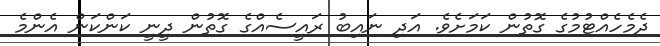
ދެމެހެއްޓުމުގެ ގޮތުން ކަމަށެވެ. އަދި ނައިބު ރައީސެއްގެ ގޮތުން ދީނީ ކަންކަން އެންމެ